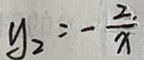
y _ { 2 } = - \frac { 2 } { x }